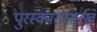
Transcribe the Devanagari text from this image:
पुरस्कारासारखे